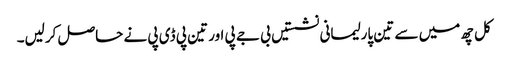
کل چھ میں سے تین پارلیمانی نشستیں بی جے پی اور تین پی ڈی پی نے حاصل کرلیں۔